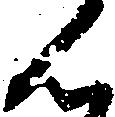
ん